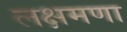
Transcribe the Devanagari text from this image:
लक्षमणा